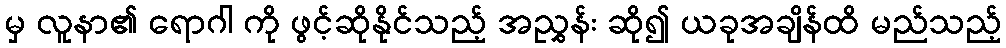
မှ လူနာ၏ ရောဂါ ကို ဖွင့်ဆိုနိုင်သည့် အညွှန်း ဆို၍ ယခုအချိန်ထိ မည်သည့်